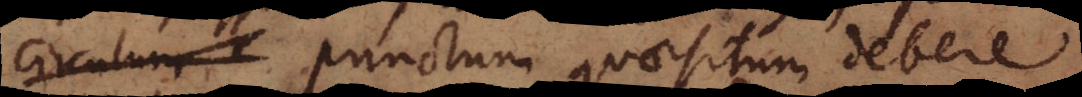
circulum punctum quaesitum debere